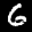
Label: 6